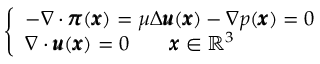
\left\{ \begin{array} { l l } { - \nabla \cdot { \pmb \pi } ( { \pmb x } ) = \mu \Delta { \pmb u } ( { \pmb x } ) - \nabla p ( { \pmb x } ) = 0 } \\ { \nabla \cdot { \pmb u } ( { \pmb x } ) = 0 \qquad { \pmb x } \in \mathbb { R } ^ { 3 } } \end{array} \right.